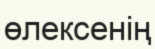
өлексенің